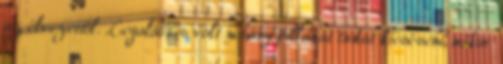
az élvezettől. Legalábbis volt néhány pillanat tudat kiesésem, mikor